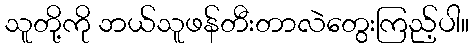
သူတို့ကို ဘယ်သူဖန်တီးတာလဲတွေးကြည့်ပါ။